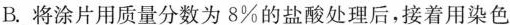
B.将涂片用质量分数为8%的盐酸处理后，接着用染色